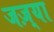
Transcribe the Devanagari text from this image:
जज़्या